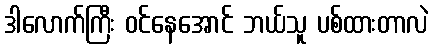
ဒါလောက်ကြီး ဝင်နေအောင် ဘယ်သူ ပစ်ထားတာလဲ